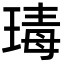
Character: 瑇